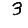
Digit: 3